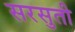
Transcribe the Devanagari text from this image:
सरसुती